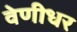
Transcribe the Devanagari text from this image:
वेणीधर